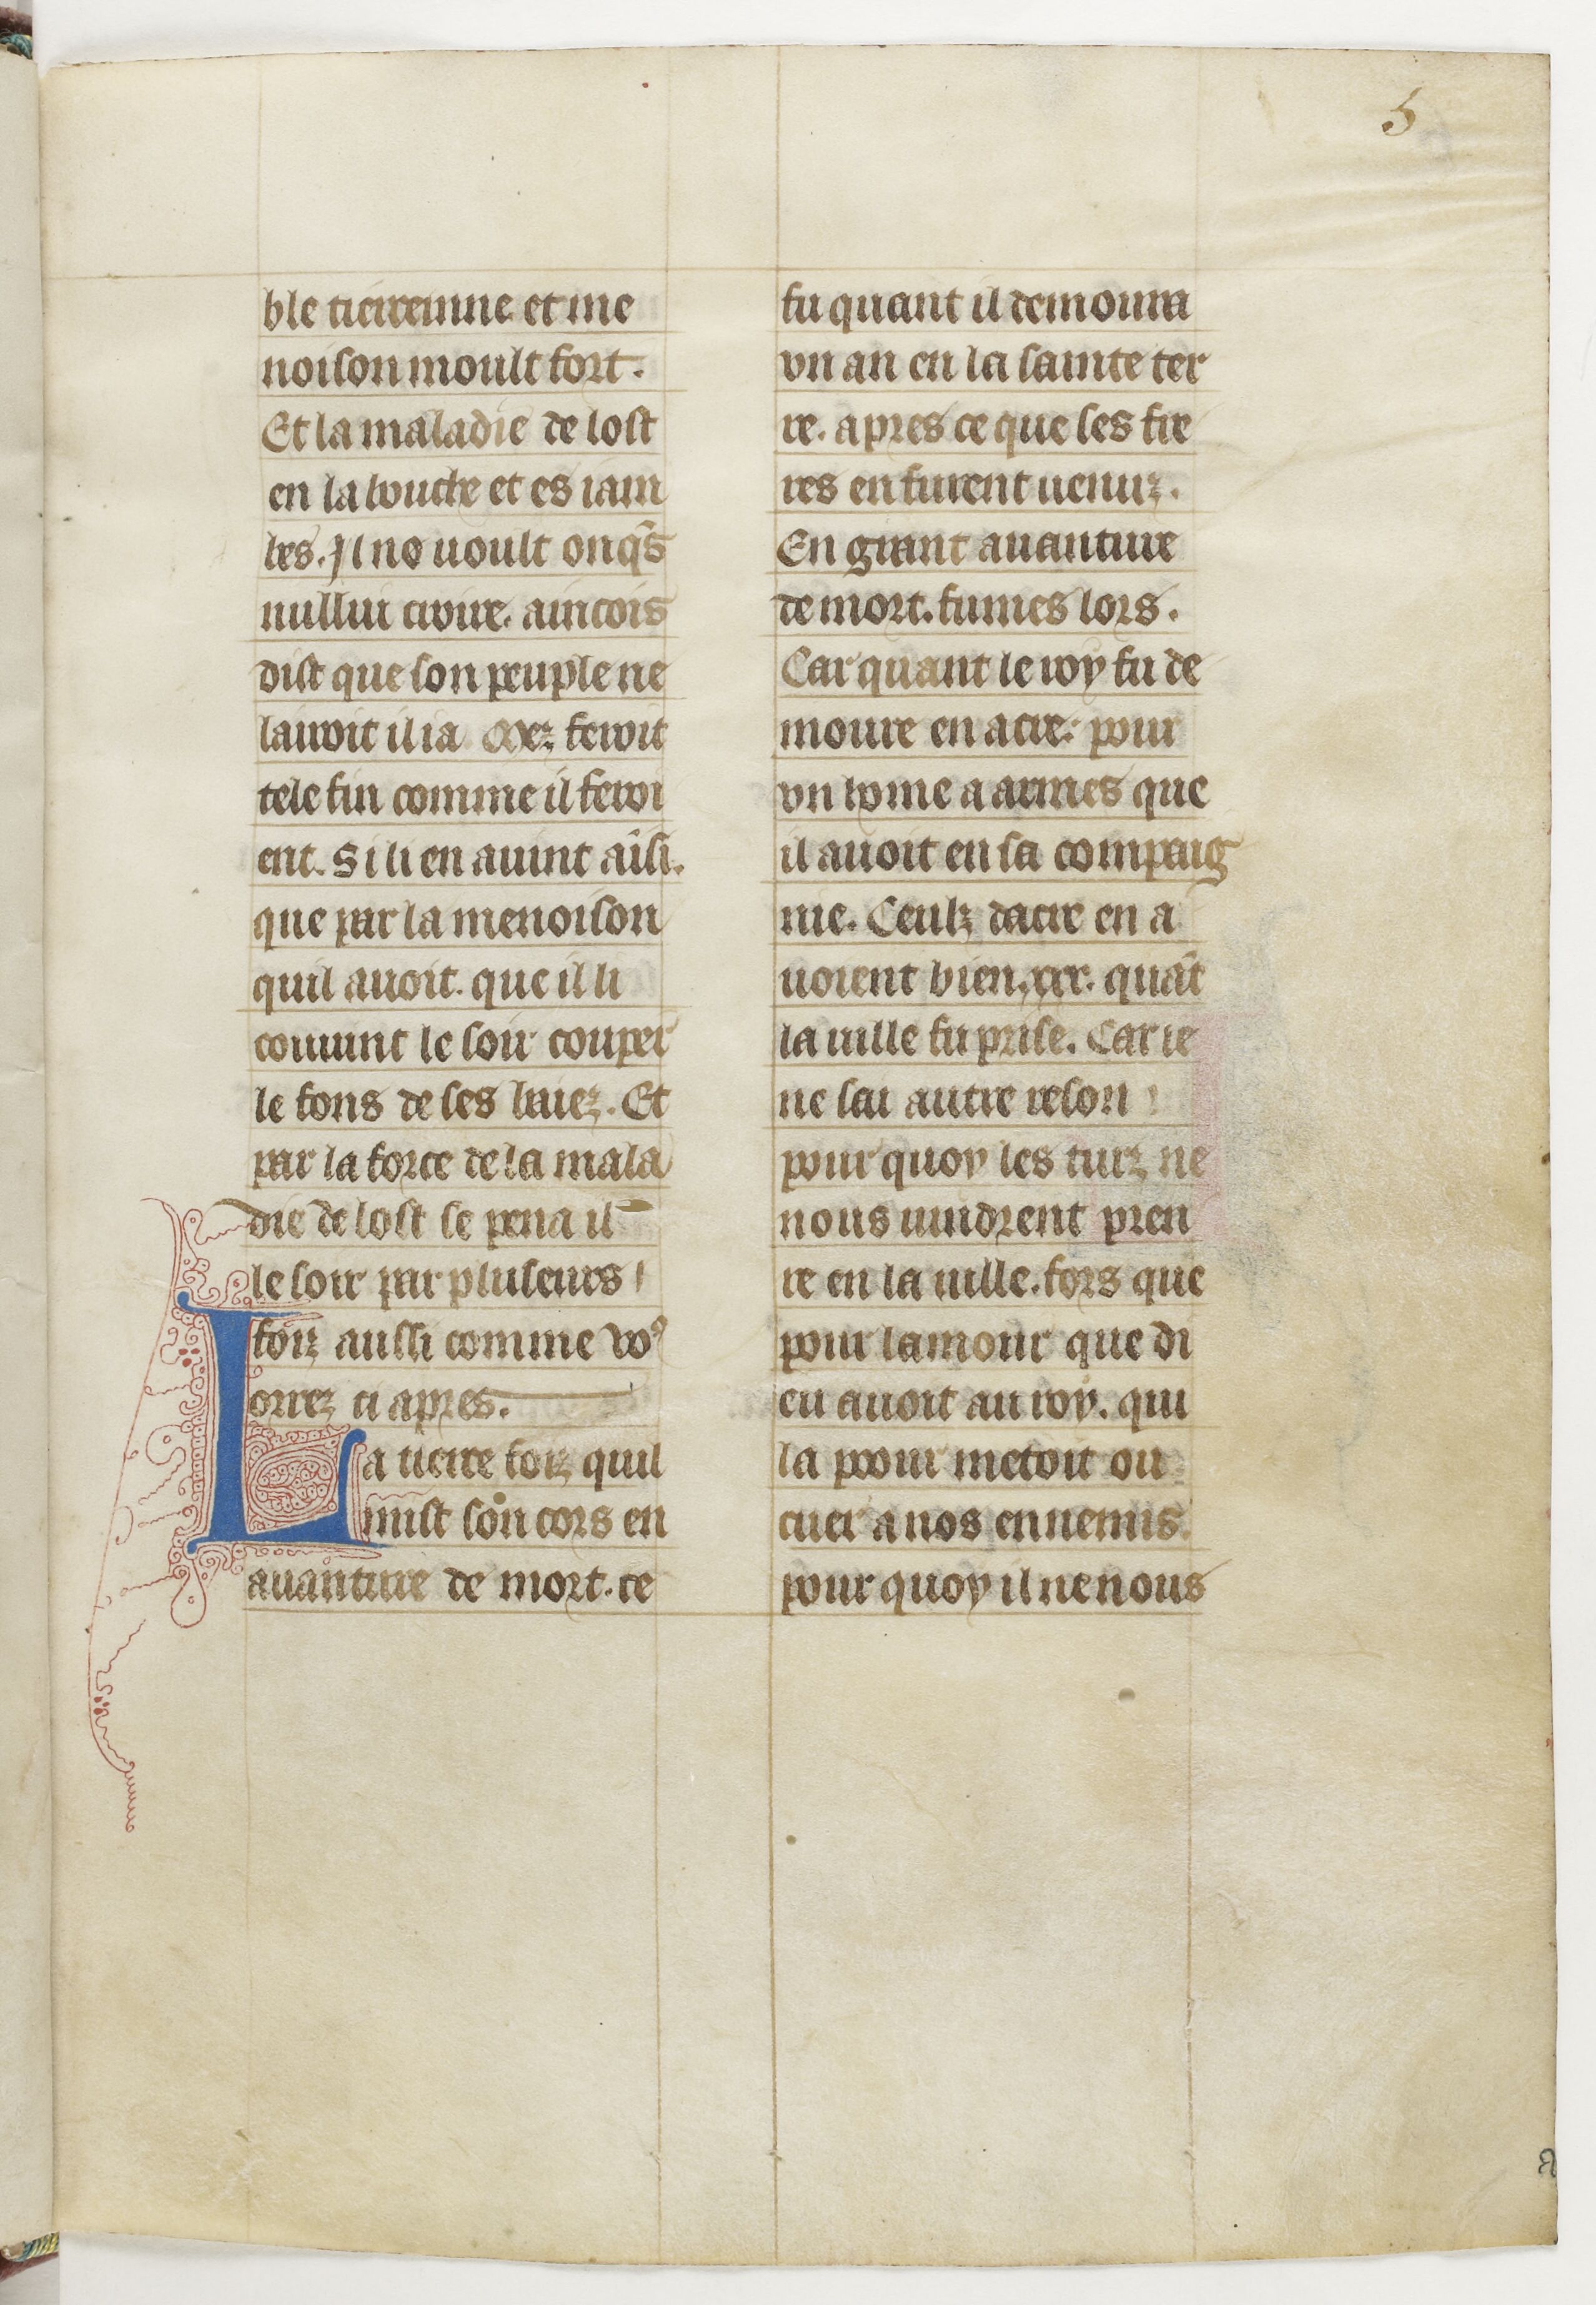
Shelfmark: Paris, BnF, fr. 13568
Century: 14